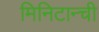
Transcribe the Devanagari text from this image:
मिनिटान्ची